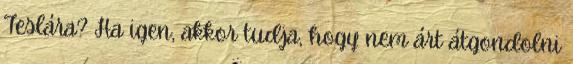
Teslára? Ha igen, akkor tudja, hogy nem árt átgondolni